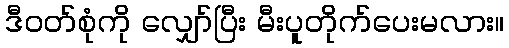
ဒီဝတ်စုံကို လျှော်ပြီး မီးပူတိုက်ပေးမလား။